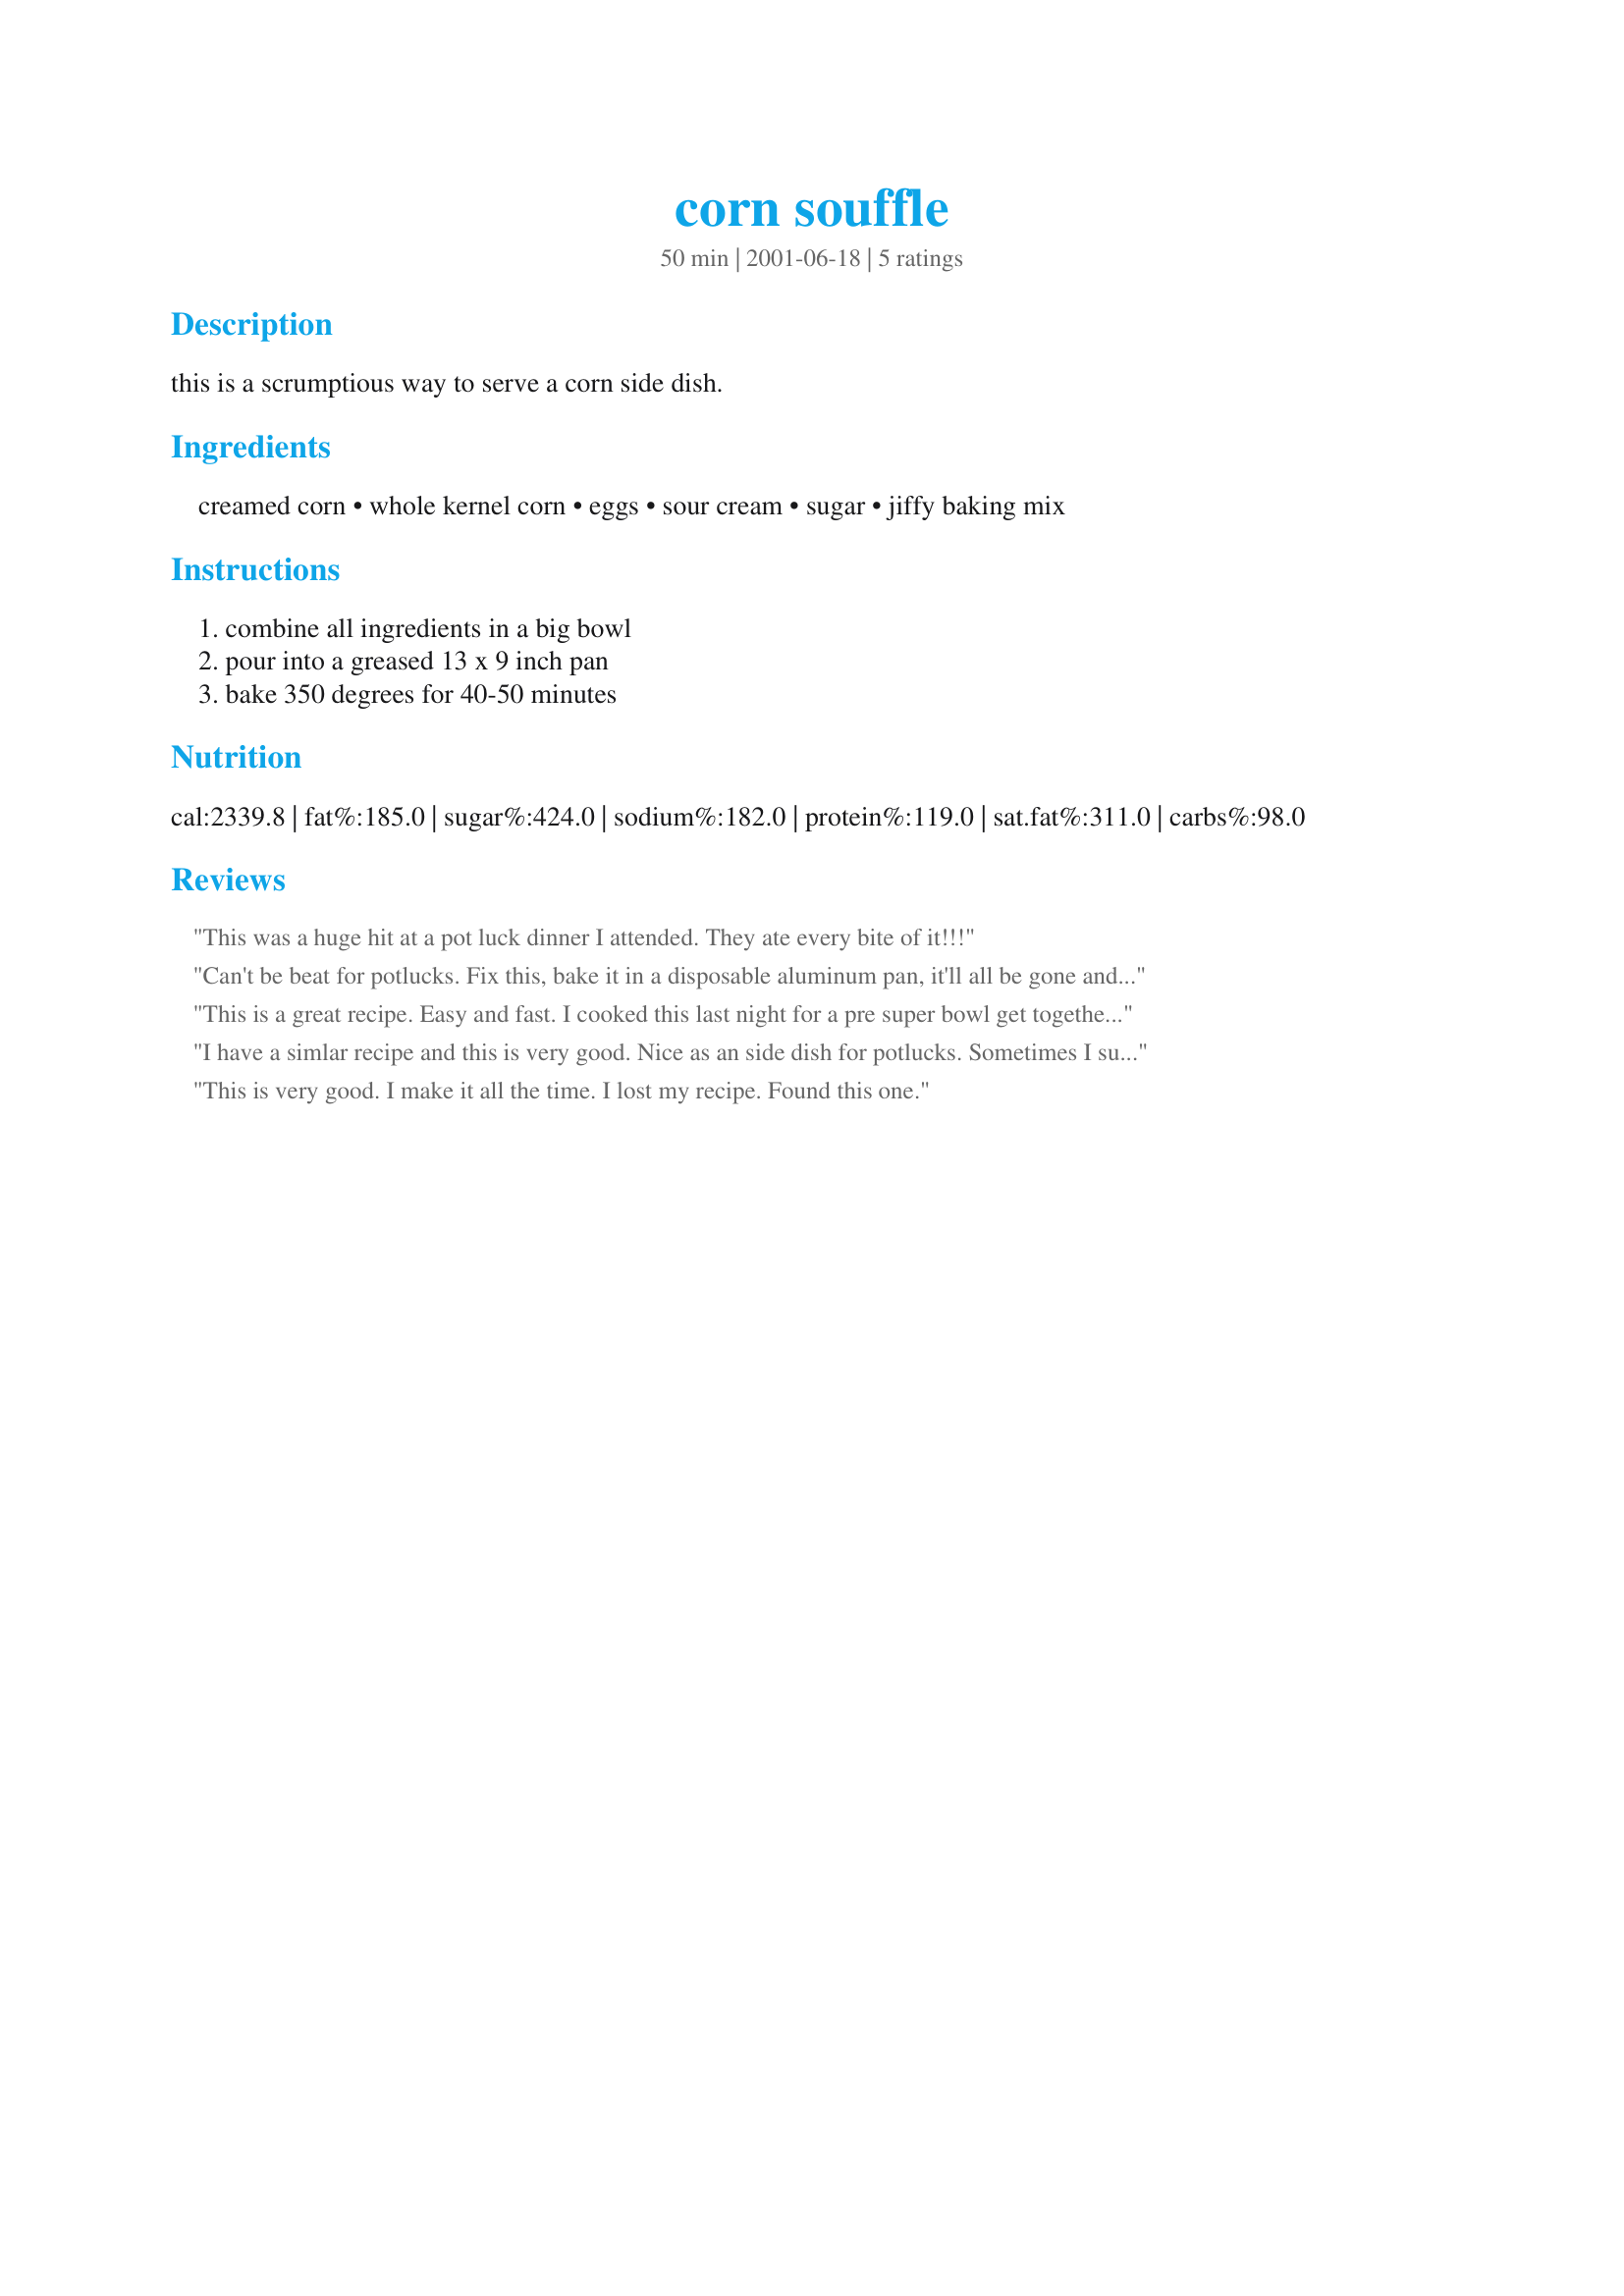
corn souffle
Preparation time: 50 minutes

this is a scrumptious way to serve a corn side dish.

Ingredients:
creamed corn, whole kernel corn, eggs, sour cream, sugar, jiffy baking mix

Steps:
combine all ingredients in a big bowl, pour into a greased 13 x 9 inch pan, bake 350 degrees for 40-50 minutes

Reviews:
This was a huge hit at a pot luck dinner I attended. They ate every bite of it!!!
Can't be beat for potlucks. Fix this, bake it in a disposable aluminum pan, it'll all be gone and no mess afterward. Everybody loved it.
This is a great recipe. Easy and fast. I cooked this last night for a pre super bowl get together and everyone asked for the recipe.
I have a simlar recipe and this is very good. Nice as an side dish for potlucks. Sometimes I substitute mexican corn and/or mexican monterey jack or colby cheese for more zip.
This is very good. I make it all the time. I lost my recipe. Found this one.
